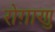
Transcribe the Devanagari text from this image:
रोग़ाणु